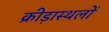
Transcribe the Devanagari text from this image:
क्रीड़ास्थलों